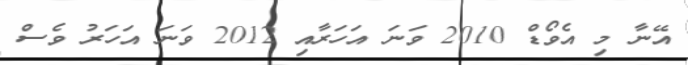
އޭނާ މި އެވޯޑް 2010 ވަނަ އަހަރާއި 2012 ވަނަ އަހަރު ވެސް